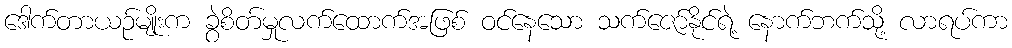
ဒေါက်တာယဉ်မျိုးက ခွဲစိတ်မှုလက်ထောက်အဖြစ် ဝင်နေသော သက်ဇော်နိုင်ရဲ့ နောက်ဘက်သို့ လာရပ်ကာ